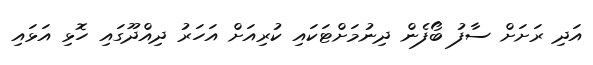
އަދި ރަށަށް ސާފު ބޯފެން ދިނުމަށްޓަކައި ކުރިއަށް އަހަރު ދިއްދޫގައި ހޮޅި އަޅައި